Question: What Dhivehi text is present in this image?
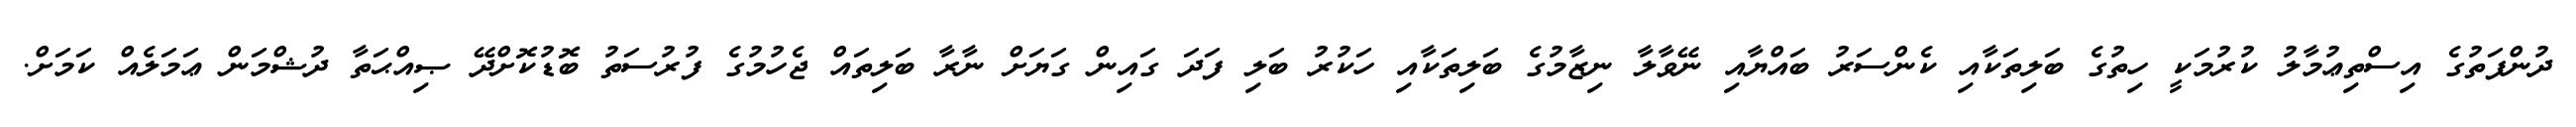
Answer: ދުންފަތުގެ އިސްތިޢުމާލު ކުރުމަކީ ހިތުގެ ބަލިތަކާއި ކެންސަރު ބައްޔާއި ނޭވާލާ ނިޒާމުގެ ބަލިތަކާއި ހަކުރު ބަލި ފަދަ ގައިން ގަޔަށް ނާރާ ބަލިތައް ޖެހުމުގެ ފުރުސަތު ބޮޑުކޮށްދޭ ޞިއްޙަތާ ދުޝްމަން ޢަމަލެއް ކަމަށް.